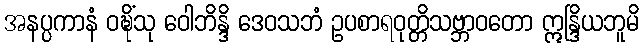
အနပ္ပကာနံ ဝဍ္ဎိံသု ဝေါဘိန္ဒိ ဒေဝသဘံ ဥပစာရဝုတ္တိသဗ္ဘာဝတော ဣန္ဒြိယဘူမိ